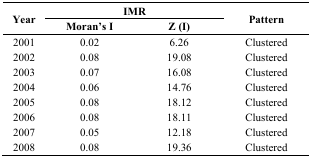
<table><thead><tr><td rowspan="2"><b>Year</b></td><td colspan="2"><b>IMR</b></td><td rowspan="2"><b>Pattern</b></td></tr><tr><td><b>Moran’s I</b></td><td><b>Z (I)</b></td></tr></thead><tbody><tr><td>2001</td><td>0.02</td><td>6.26</td><td>Clustered</td></tr><tr><td>2002</td><td>0.08</td><td>19.08</td><td>Clustered</td></tr><tr><td>2003</td><td>0.07</td><td>16.08</td><td>Clustered</td></tr><tr><td>2004</td><td>0.06</td><td>14.76</td><td>Clustered</td></tr><tr><td>2005</td><td>0.08</td><td>18.12</td><td>Clustered</td></tr><tr><td>2006</td><td>0.08</td><td>18.11</td><td>Clustered</td></tr><tr><td>2007</td><td>0.05</td><td>12.18</td><td>Clustered</td></tr><tr><td>2008</td><td>0.08</td><td>19.36</td><td>Clustered</td></tr></tbody></table>